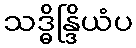
သဒ္ဓိန္ဒြိယံပ